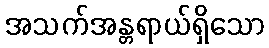
အသက်အန္တရာယ်ရှိသော